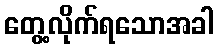
တွေ့လိုက်ရသောအခါ